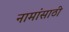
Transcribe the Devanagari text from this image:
नामांसाठी